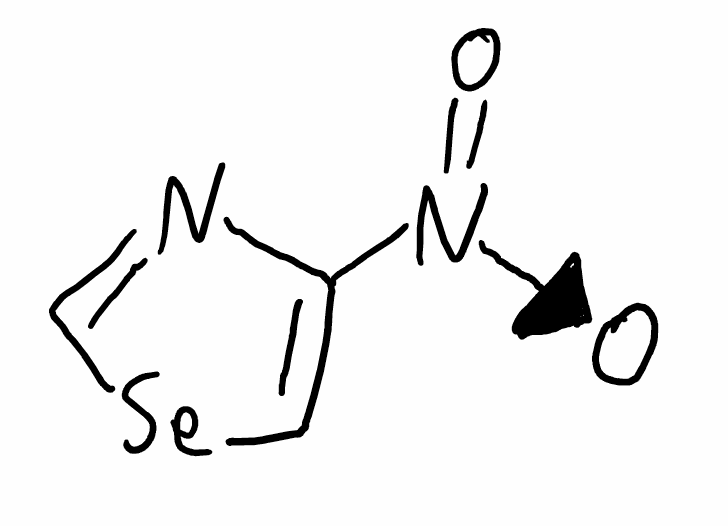
Simplified molecular-input line-entry system (SMILES) notation of the given molecule:
C1=C(N=C[Se]1)[N+](=O)[O-]